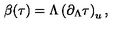
\beta ( \tau ) = \Lambda \left( \partial _ { \Lambda } \tau \right) _ { u } ,